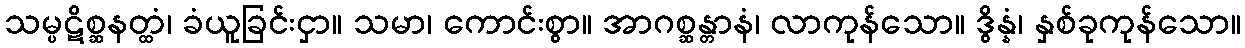
သမ္ပဋိစ္ဆနတ္ထံ၊ ခံယူခြင်းငှာ။ သမာ၊ ကောင်းစွာ။ အာဂစ္ဆန္တာနံ၊ လာကုန်သော။ ဒွိန္နံ၊ နှစ်ခုကုန်သော။